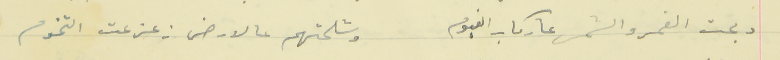
دبحت القمر والشمس عا ركاب الغيوم                    وشلحتهم عالارض زعزعت التخوم